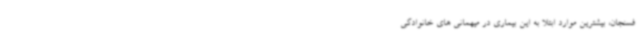
فسنجان، بیشترین موارد ابتلا به این بیماری در میهمانی های خانوادگی